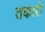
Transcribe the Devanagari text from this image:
तकारी